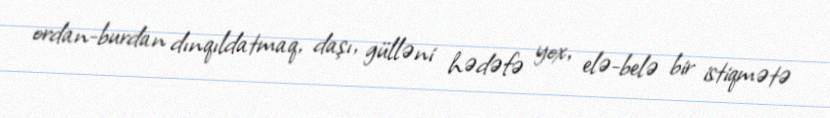
ordan-burdan dınqıldatmaq, daşı, gülləni hədəfə yox, elə-belə bir istiqmətə